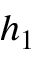
h _ { 1 }